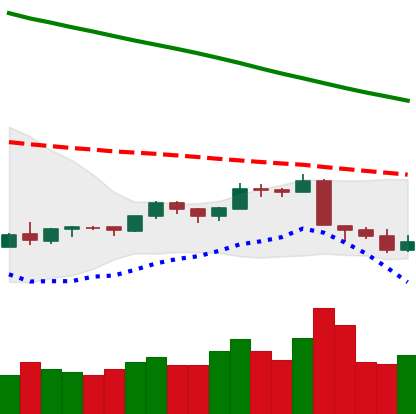
Ticker: LTC-USD
Chart end date: 2018-09-09
Forward return: 3.008%
Label: up_3_5